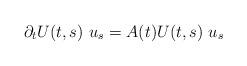
LaTeX: \begin{align*} \begin{array}{ll} \partial_t U(t,s)~u_s = A(t) U(t,s) ~u_s\end{array} \end{align*}